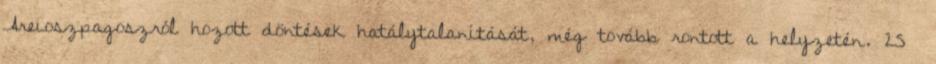
Areioszpagoszról hozott döntések hatálytalanítását, még tovább rontott a helyzetén. 25